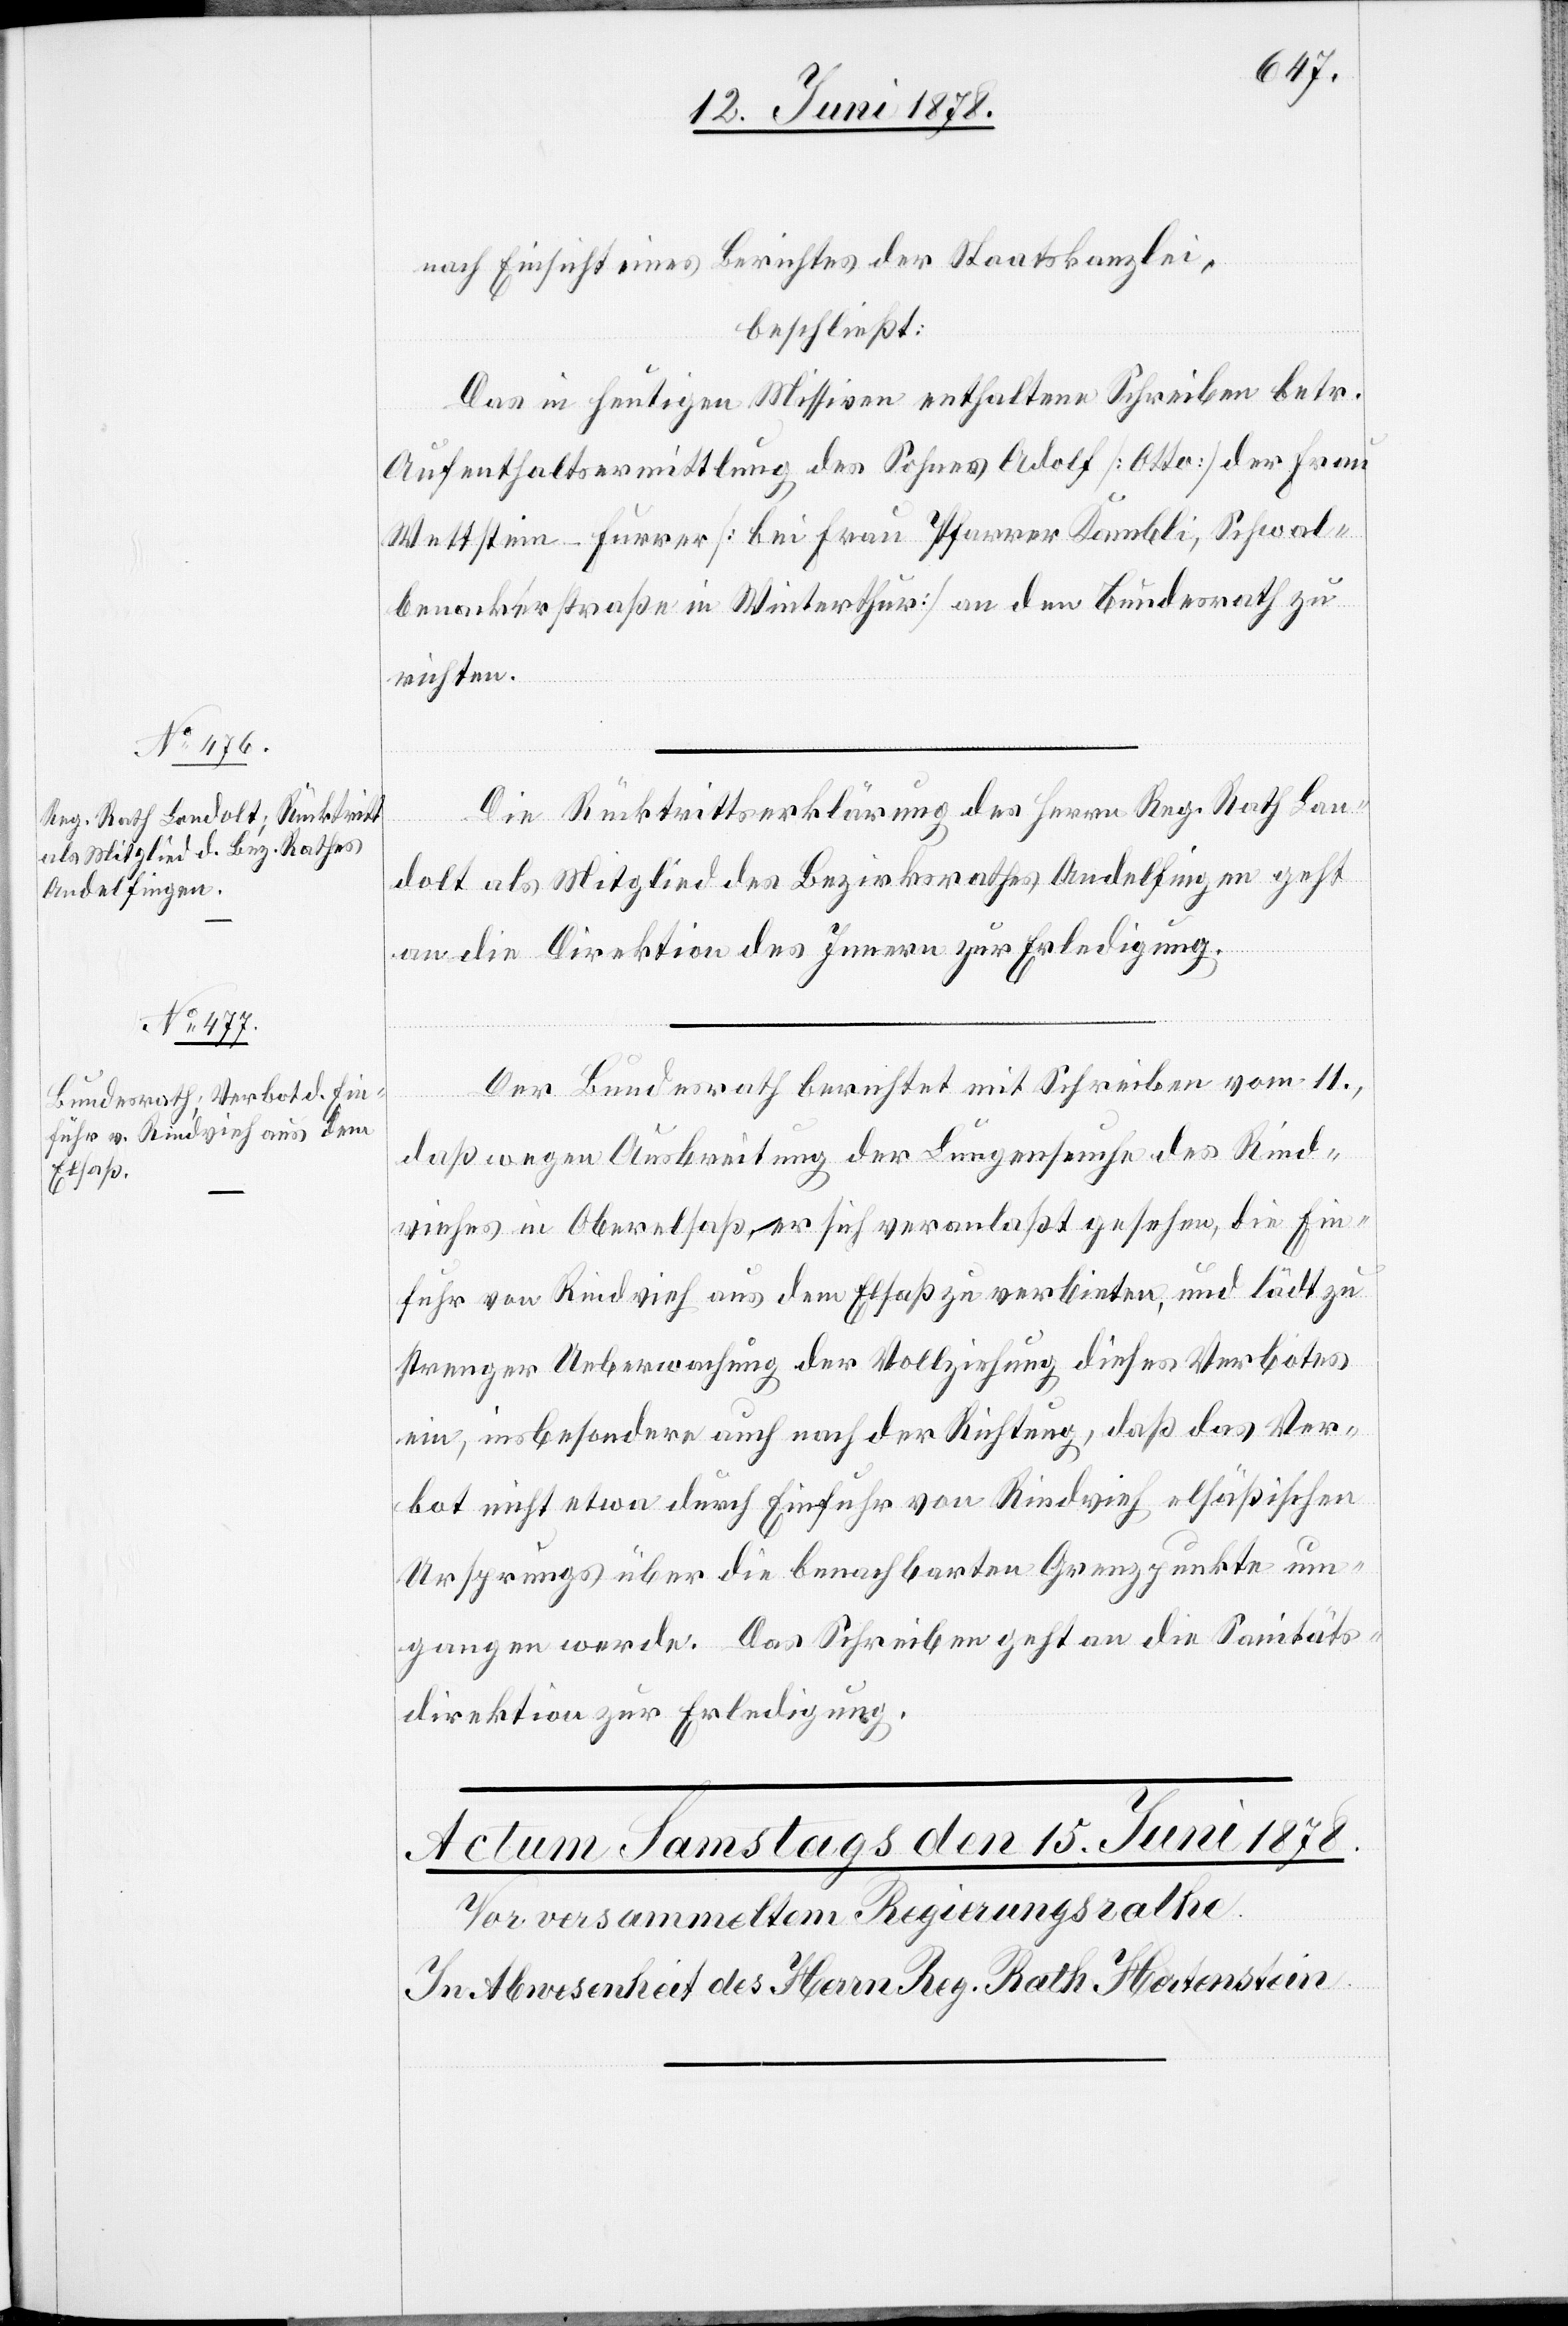
14. Juni 1878.]
nach Einsicht eines Berichtes der Staatskanzlei,
beschließt:
Das in heutigen Missiven enthaltene Schreiben betr.
Aufenthaltsermittlung des Sohnes Adolf [Otto] der Frau
Wettstein-Furrer [bei Frau Pfarrer Kambli, Schwal¬
benackerstraße in Winterthur] an den Bundesrath zu
richten.
Die Rücktrittserklärung des Herrn Reg. Rath Lan¬
dolt als Mitglied des Bezirksrathes Andelfingen geht
an die Direktion des Innern zur Erledigung.
Der Bundesrath berichtet mit Schreiben vom 11.,
daß wegen Ausbreitung der Lungenseuche des Rind¬
viehes in Oberelsaß, er sich veranlaßt gesehen, die Ein¬
fuhr von Rindvieh aus dem Elsaß zu verbieten, und lädt zu
strenger Ueberwachung der Vollziehung dieses Verbotes
ein, insbesondere auch nach der Richtung, daß das Ver¬
bot nicht etwa durch Einfuhr von Rindvieh elsäßischen
Ursprungs über die benachbarten Grenzpunkte um¬
gangen werde. Das Schreiben geht an die Sanitäts¬
direktion zur Erledigung.